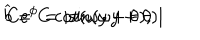
\widehat { b } = C \cot ( \omega y + \theta ) , \hspace { . 5 c m } C e ^ { \phi } = \left| \sin ( \omega y + \theta ) \right|